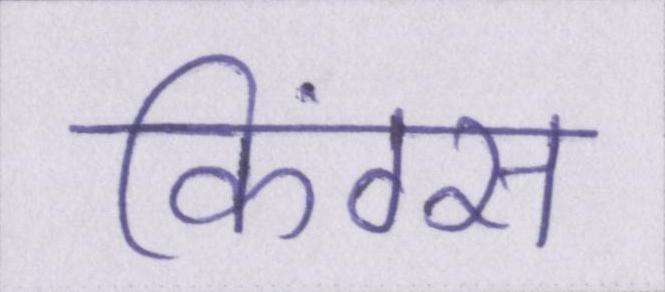
किंग्स